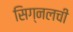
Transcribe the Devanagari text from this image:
सिग्नलची